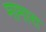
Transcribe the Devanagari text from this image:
मामारा